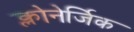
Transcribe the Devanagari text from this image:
क्लोनेर्जिक